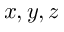
x , y , z